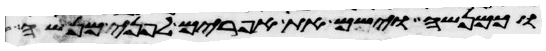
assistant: וכמנשה וישם את אפרים לפני מנשה